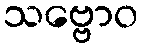
သဗ္ဗောဝ